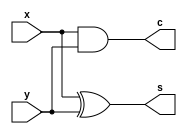
module half_adder (input x, y, output s, c);
  assign s = x ^ y;
  assign c = x & y;
endmodule